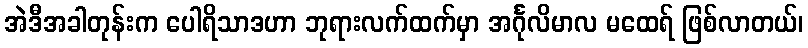
အဲဒီအခါတုန်းက ပေါရိသာဒဟာ ဘုရားလက်ထက်မှာ အင်္ဂုလိမာလ မထေရ် ဖြစ်လာတယ်၊